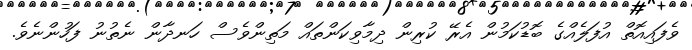
ވެފައިއޮތް އުފަލެއްގެ ބޮޑުކަމުން އެރޭ ކުރިން ދިމާވިކަންތައް މަތިންވެސް ހަނދާން ނެތުނު ފަހުންނެވެ.